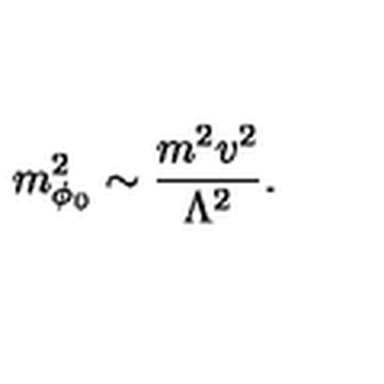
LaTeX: m _ { \phi _ { 0 } } ^ { 2 } \sim { \frac { m ^ { 2 } v ^ { 2 } } { \Lambda ^ { 2 } } } .